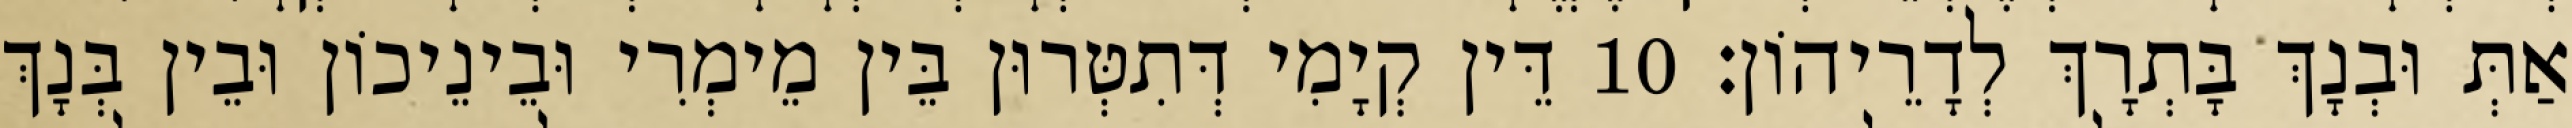
אַתְּ וּבְנָךְ בָּתְרָךְ לְדָרֵיהוֹן׃ 10 דֵּין קְיָמִי דְּתִטְּרוּן בֵּין מֵימְרִי וּבֵינֵיכוֹן וּבֵין בְּנָךְ